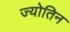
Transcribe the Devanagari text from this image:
ज्‍योतिन